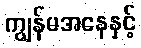
ကျွန်မအနေနှင့်